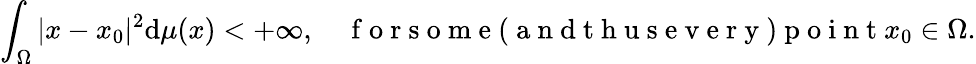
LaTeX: \int_{\Omega}|x-x_{0}|^{2}\mathrm{d}\mu(x)<+\infty,\quad\mathrm{~f~o~r~s~o~m~e~(~a~n~d~t~h~u~s~e~v~e~r~y~)~p~o~i~n~t~}x_{0}\in\Omega.